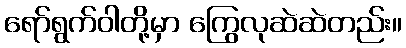
ရော်ရွက်ဝါတို့မှာ ကြွေလုဆဲဆဲတည်း။